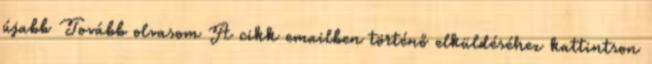
újabb Tovább olvasom A cikk emailben történő elküldéséhez kattintson